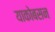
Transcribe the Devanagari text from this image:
याकोबसन